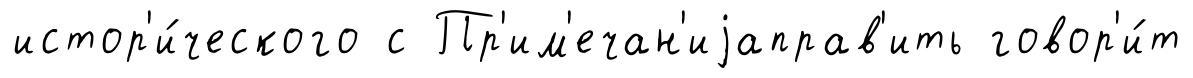
истор'и́ческого с Пр'им'ечан'иjаправ'ить говор'и́т